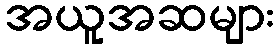
အယူအဆများ